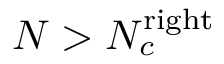
N > N _ { c } ^ { \mathrm { r i g h t } }